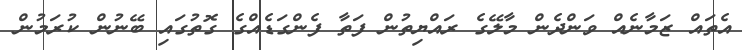
އެތައް ޒަމާނެއް ވަންދެން މާލޭގެ ރައްޔިތުން ފަތާ ފެންގަޑެއްގެ ގޮތުގައި ބޭނުން ކުރަމުން